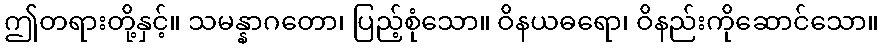
ဤတရားတို့နှင့်။ သမန္နာဂတော၊ ပြည့်စုံသော။ ဝိနယဓရော၊ ဝိနည်းကိုဆောင်သော။